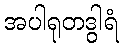
အပါရုတဒွါရံ